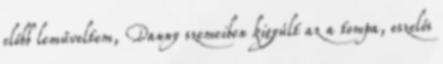
előbb leműveltem, Danny szemeiben kigyúlt az a tompa, eszelős